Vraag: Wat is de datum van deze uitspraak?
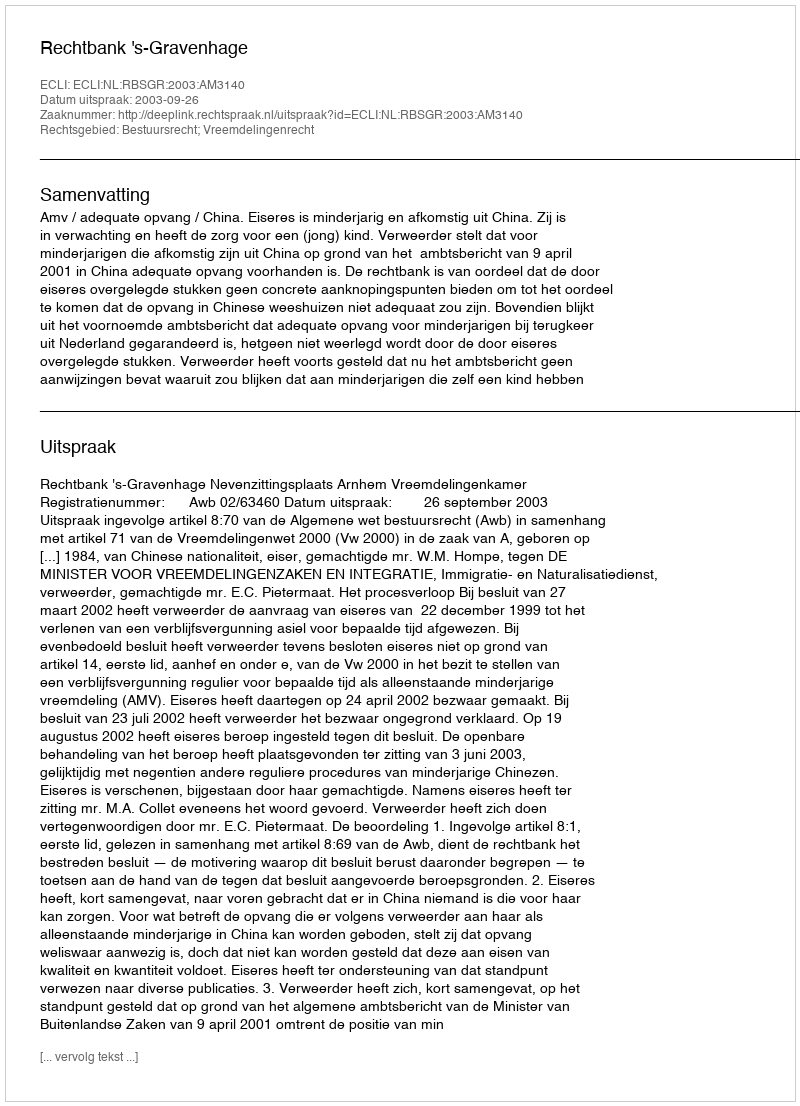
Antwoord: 2003-09-26